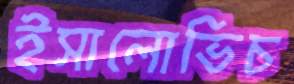
ইসালোভিচ